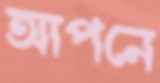
আপনে